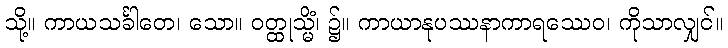
သို့။ ကာယသင်္ခါတေ၊ သော။ ဝတ္ထုသ္မိံ၊ ၌။ ကာယာနုပဿနာကာရဿေဝ၊ ကိုသာလျှင်။